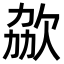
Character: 𣢩